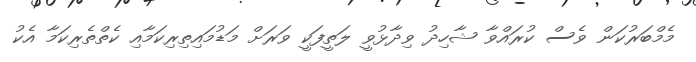
މެމްބަރުކަން ވެސް ކުރައްވާ ޝާހިދު ވިދާޅުވީ ލަތީފަކީ ވަރަށް މަޑުމައިތިރިކަމާއި ކެތްތެރިކަމާ އެކު